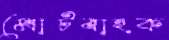
মোটবাহক